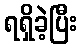
ရရှိခဲ့ပြီး